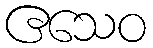
ဧသေဝ